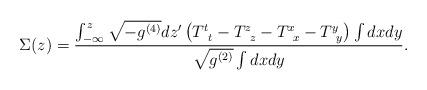
LaTeX: \begin{align*}\Sigma(z)=\frac{\int_{-\infty}^{z}\sqrt{-g^{(4)}} dz'\left(T^{t}_{\;\;t}-T^{z}_{\;\;z}-T^{x}_{\;\;x}-T^{y}_{\;\;y}\right)\int dx dy}{\sqrt{g^{(2)}} \int dx dy}.\end{align*}